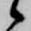
候